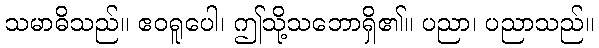
သမာဓိသည်။ ဧဝရူပေါ၊ ဤသို့သဘောရှိ၏။ ပညာ၊ ပညာသည်။